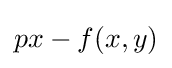
px-f(x,y)